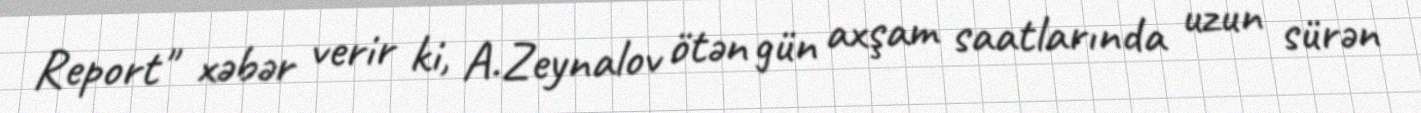
Report" xəbər verir ki, A.Zeynalov ötən gün axşam saatlarında uzun sürən